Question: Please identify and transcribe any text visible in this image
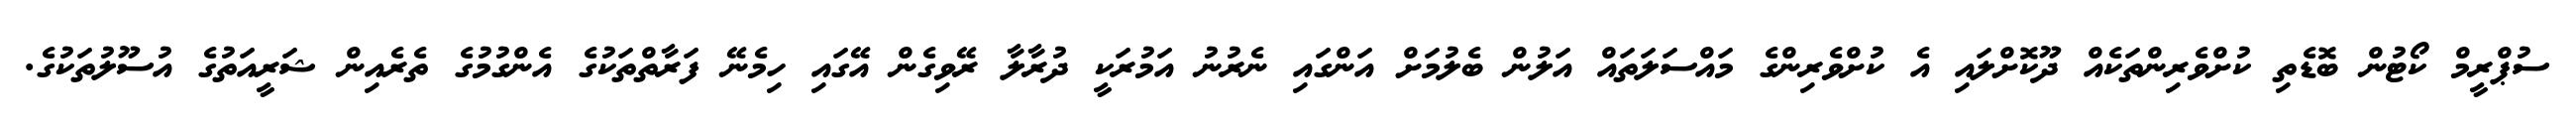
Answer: ސުޕްރީމް ކޯޓުން ބޮޑެތި ކުށްވެރިންތަކެއް ދޫކޮށްލައި އެ ކުށްވެރިންގެ މައްސަލަތައް އަލުން ބެލުމަށް އަންގައި ނެރުނު އަމުރަކީ ދުރާލާ ރޭވިގެން އޭގައި ހިމެނޭ ފަރާތްތަކުގެ އެންގުމުގެ ތެރެއިން ޝަރީއަތުގެ އުސޫލުތަކުގެ.